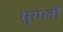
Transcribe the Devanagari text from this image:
मुग़लोँ